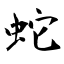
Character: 蛇